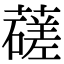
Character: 䕢